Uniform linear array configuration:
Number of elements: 64
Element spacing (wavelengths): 0.5
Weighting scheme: cosine
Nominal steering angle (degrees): -60
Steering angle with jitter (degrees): -61.297
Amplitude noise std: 0.05
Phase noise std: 0.05

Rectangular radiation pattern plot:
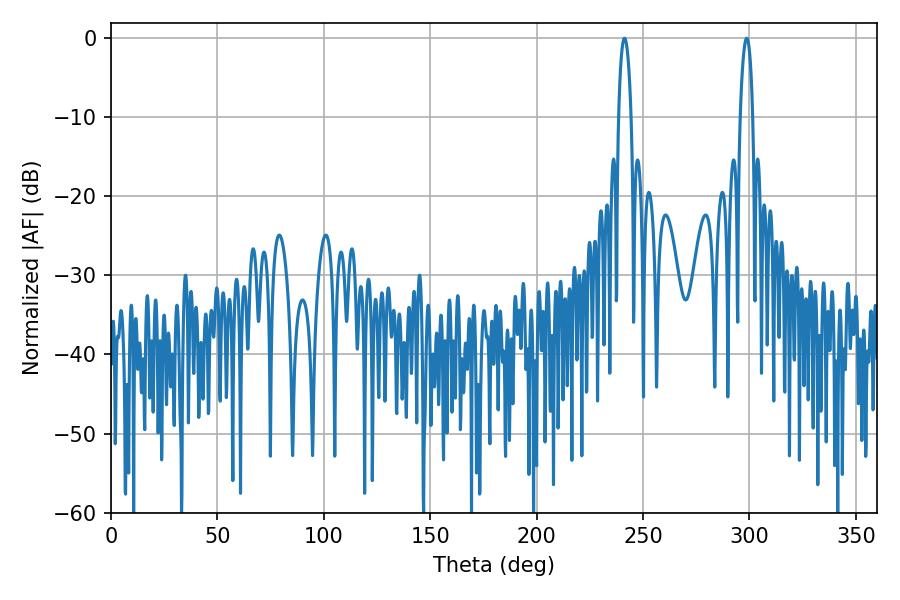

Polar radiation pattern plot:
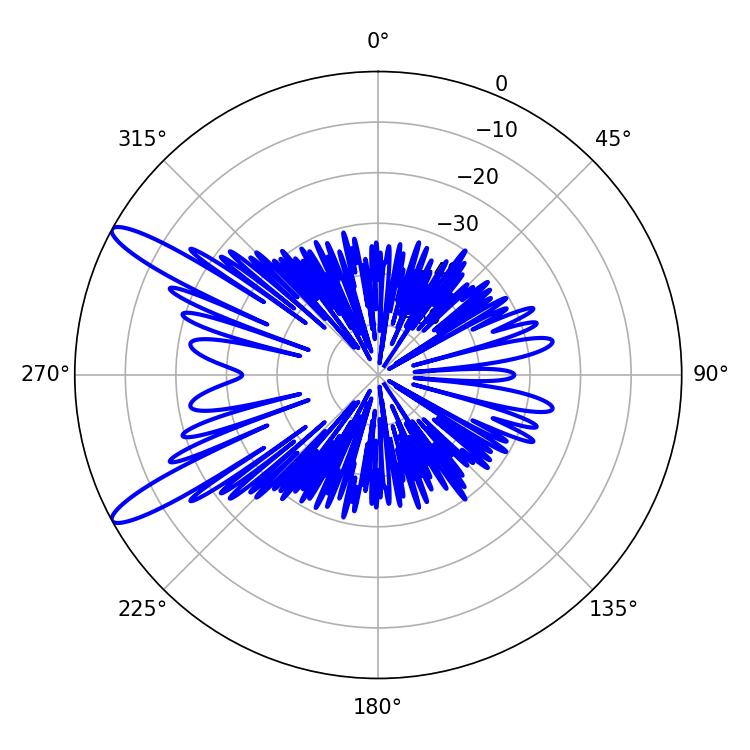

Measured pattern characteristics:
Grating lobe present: FALSE
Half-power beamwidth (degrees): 3.24
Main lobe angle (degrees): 241.38